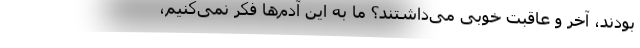
بودند، آخر و عاقبت خوبی می‌داشتند؟ ما به این آدم‌ها فکر نمی‌کنیم،